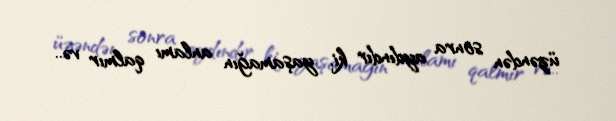
üzəndən sonra aydındır ki, yaşamağın anlamı qalmır və..